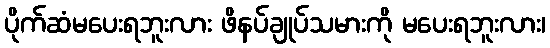
ပိုက်ဆံမပေးရဘူးလား ဖိနပ်ချုပ်သမားကို မပေးရဘူးလား၊